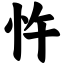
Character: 忤